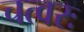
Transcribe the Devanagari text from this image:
चत्वरः